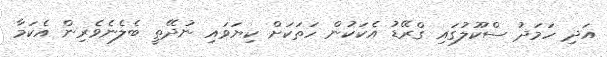
އަދި ހަމަދު ސްކޫލުގައި ގްރޭޑު އެކަކުން ހަތަކަށް ކިޔަވައި ނުދޭތީ ބެލެނެވެރިން އެކަމާ